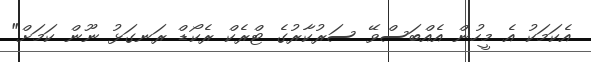
އެކަަމަކު އެ މީހުން އެއްބަސްވޭ ސަރުކާރުގެ ޓްރެކް ރެކޯޑް ރަނގަޅު ނޫން ކަމަށް"